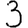
Digit: 3